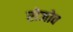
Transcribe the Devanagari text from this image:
रोजोव